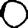
Digit: 0